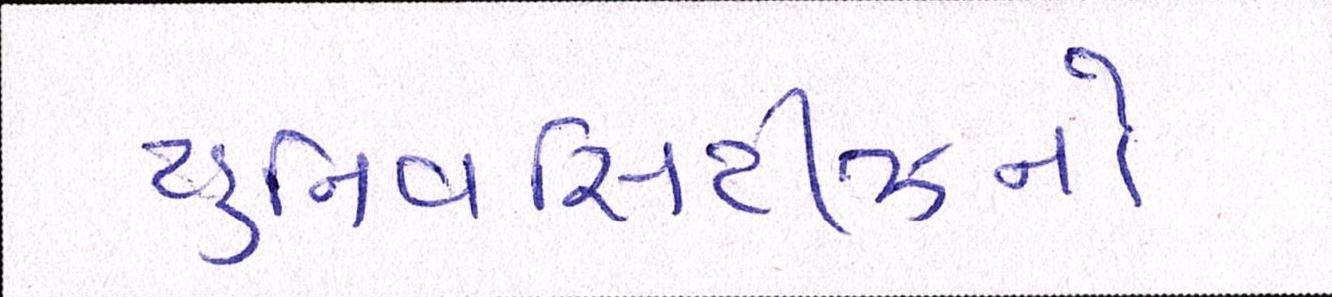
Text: યુનિવર્સિટીઝનો